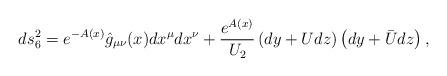
LaTeX: \begin{align*}ds_6^2 = e^{-A(x)}\hat{g}_{\mu\nu}(x)dx^\mu dx^\nu +\frac{e^{A(x)}}{U_2}\left( dy + U dz\right) \left( dy +\bar{U}dz\right) ,\end{align*}